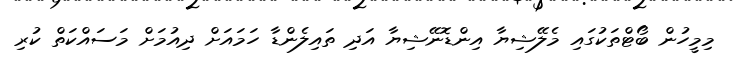
މިމީހުން ބޯޓްތަކުގައި މެލޭޝިޔާ އިންޑޮނޭޝިޔާ އަދި ތައިލެންޑާ ހަމައަށް ދިއުމަށް މަސައްކަތް ކުރި